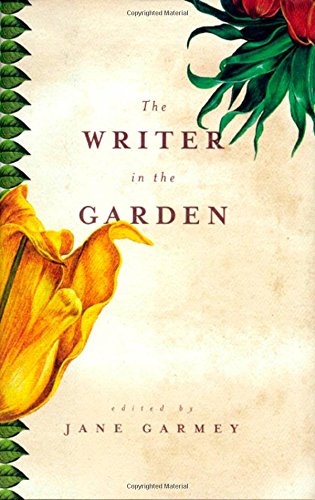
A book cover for The Writer in the Garden; Jane Garmey; Crafts, Hobbies & Home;